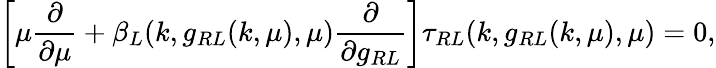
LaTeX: \left[\mu\frac{\partial}{\partial\mu}+\beta_{L}(k,g_{RL}(k,\mu),\mu)\frac{\partial}{\partial g_{RL}}\right]\tau_{RL}(k,g_{RL}(k,\mu),\mu)=0,